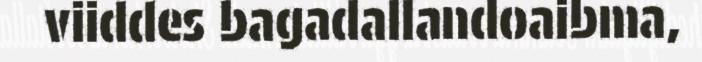
viiddes bagadallandoaibma,